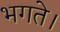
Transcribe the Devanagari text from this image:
भगते।